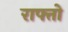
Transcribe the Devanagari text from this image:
राफ्तो